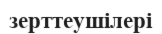
зерттеушілері